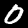
Label: 0